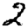
Digit: 2